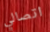
اتصالي